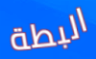
البطة